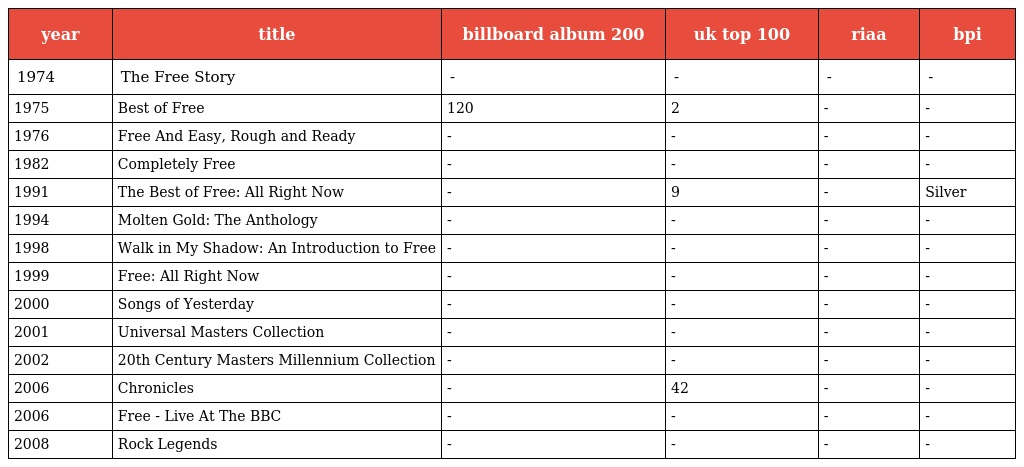
| year | title | billboard album 200 | uk top 100 | riaa | bpi |
 | --- | --- | --- | --- | --- | --- |
 | 1974 | The Free Story | - | - | - | - |
 | 1975 | Best of Free | 120 | 2 | - | - |
 | 1976 | Free And Easy, Rough and Ready | - | - | - | - |
 | 1982 | Completely Free | - | - | - | - |
 | 1991 | The Best of Free: All Right Now | - | 9 | - | Silver |
 | 1994 | Molten Gold: The Anthology | - | - | - | - |
 | 1998 | Walk in My Shadow: An Introduction to Free | - | - | - | - |
 | 1999 | Free: All Right Now | - | - | - | - |
 | 2000 | Songs of Yesterday | - | - | - | - |
 | 2001 | Universal Masters Collection | - | - | - | - |
 | 2002 | 20th Century Masters Millennium Collection | - | - | - | - |
 | 2006 | Chronicles | - | 42 | - | - |
 | 2006 | Free - Live At The BBC | - | - | - | - |
 | 2008 | Rock Legends | - | - | - | - |